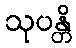
သုပန္တိ